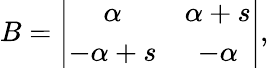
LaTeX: B=\left|\begin{array}{cc}{{\alpha}}&{{\alpha+s}}\\ {{-\alpha+s}}&{{-\alpha}}\end{array}\right|,